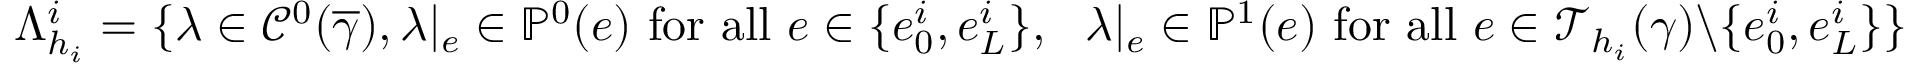
\Lambda _ { h _ { i } } ^ { i } = \{ \lambda \in \mathcal { C } ^ { 0 } ( \overline { { \gamma } } ) , \lambda | _ { e } \in \mathbb { P } ^ { 0 } ( e ) \mathrm { ~ f o r ~ a l l ~ } e \in \{ e _ { 0 } ^ { i } , e _ { L } ^ { i } \} , \ \ \lambda | _ { e } \in \mathbb { P } ^ { 1 } ( e ) \mathrm { ~ f o r ~ a l l ~ } e \in \mathcal { T } _ { h _ { i } } ( \gamma ) \backslash \{ e _ { 0 } ^ { i } , e _ { L } ^ { i } \} \}